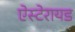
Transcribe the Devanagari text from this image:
ऐस्टेरायड